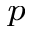
_ p